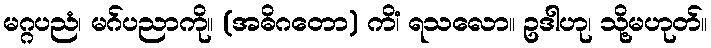
မဂ္ဂပညံ၊ မဂ်ပညာကို။ (အဓိဂတော) ကိံ၊ ရသလော။ ဥဒါဟု၊ သို့မဟုတ်။